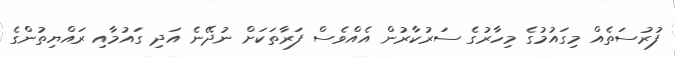
ފުރުސަތެއް މިގައުމުގެ މިހާރުގެ ސަރުކާރުން އެއްވެސް ފަރާތަކަށް ނުދޭނެ އަދި ގައުމާއި ރައްޔިތުންގެ